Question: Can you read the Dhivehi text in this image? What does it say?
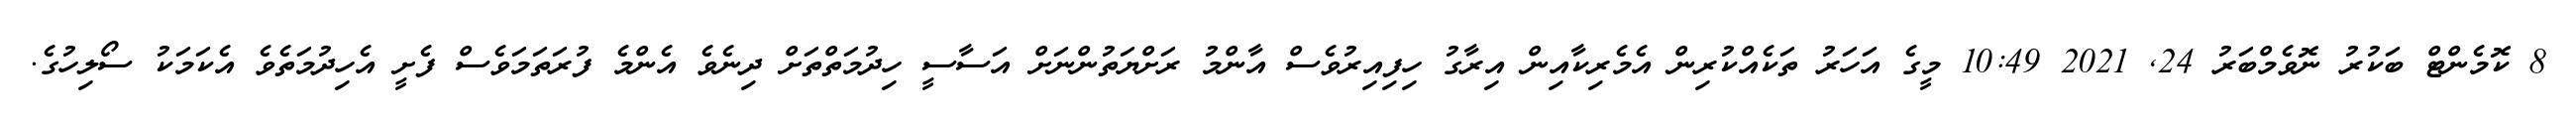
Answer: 8 ކޮމެންޓް ބަކުރު ނޮވެމްބަރު 24, 2021 10:49 މީގެ އަހަރު ތަކެއްކުރިން އެމެރިކާއިން އިރާގު ހިފިއިރުވެސް އާންމު ރަށްޔަތުންނަށް އަސާސީ ހިދުމަތްތަށް ދިނެވެ އެންމެ ފުރަތަމަވެސް ފެށީ އެހިދުމަތެވެ އެކަމަކު ސޯލިހުގެ.